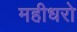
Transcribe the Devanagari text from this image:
महीधरो